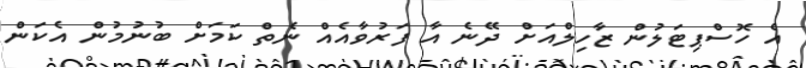
އެ ހޮސްޕިޓަލުން ޒާހިލްއަށް ދޭނެ އާ ފަރުވާއެއް ނެތް ކަމަށް ބުނުމުން އެކަން